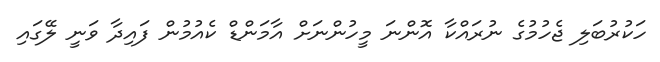
ހަކުރުބަލި ޖެހުމުގެ ނުރައްކާ އޮންނަ މީހުންނަށް އާމަންޑް ކެއުމުން ފައިދާ ވަނީ ލޭގައި